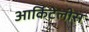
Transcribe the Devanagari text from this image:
आर्किटेलीस